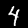
Label: 4